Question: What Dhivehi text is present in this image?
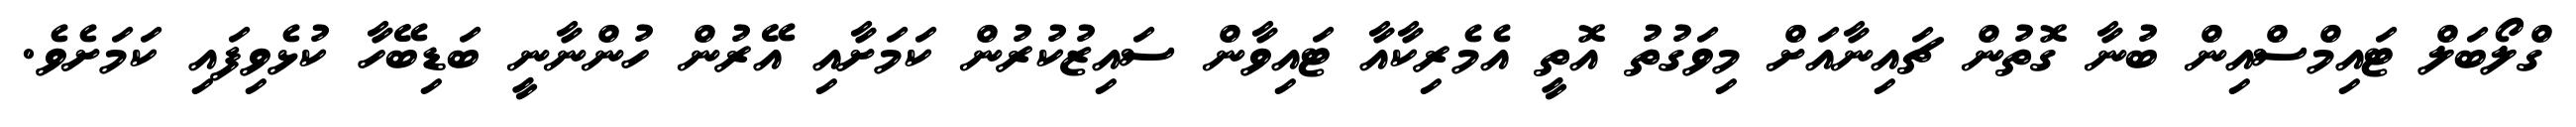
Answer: ގްލޯބަލް ޓައިމްސްއިން ބުނާ ގޮތުން ޗައިނާއަށް މިވަގުތު އޮތީ އެމެރިކާއާ ޓައިވާން ސައިޒުކުރުން ކަމަށާއި އޭރުން ހުންނާނީ ބަޑިބޭހާ ކުޅެވިފައި ކަމަށެވެ.